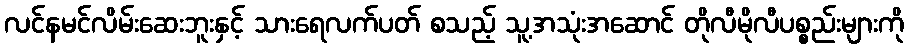
လင်နမင်လိမ်းဆေးဘူးနှင့် သားရေလက်ပတ် စသည့် သူ့အသုံးအဆောင် တိုလီမိုလီပစ္စည်းများကို